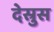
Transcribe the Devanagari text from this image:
देस्रुस